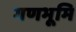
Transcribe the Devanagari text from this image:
गणभूमि